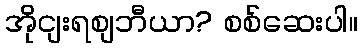
အိုငျးရစျဘီယာ? စစ်ဆေးပါ။